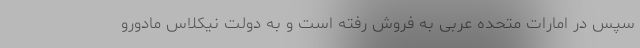
سپس در امارات متحده عربی به فروش رفته است و به دولت نیکلاس مادورو